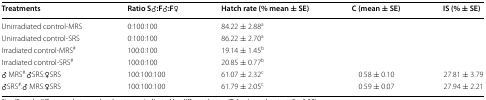
<table><thead><tr><td><b>Treatments</b></td><td><b>Ratio S♂:F♂:F♀</b></td><td><b>Hatch rate (% mean ± SE)</b></td><td><b>C (mean ± SE)</b></td><td><b>IS (% ± SE)</b></td></tr></thead><tbody><tr><td>Unirradiated control-MRS</td><td>0:100:100</td><td>84.22 ± 2.88<sup>a</sup></td><td></td><td></td></tr><tr><td>Unirradiated control-SRS</td><td>0:100:100</td><td>86.22 ± 2.70<sup>a</sup></td><td></td><td></td></tr><tr><td>Irradiated control-MRS<sup>#</sup></td><td>100:0:100</td><td>19.14 ± 1.45<sup>b</sup></td><td></td><td></td></tr><tr><td>Irradiated control-SRS<sup>#</sup></td><td>100:0:100</td><td>20.85 ± 0.77<sup>b</sup></td><td></td><td></td></tr><tr><td>♂ MRS<sup>#</sup>:♂SRS:♀SRS</td><td>100:100:100</td><td>61.07 ± 2.32<sup>c</sup></td><td>0.58 ± 0.10</td><td>27.81 ± 3.79</td></tr><tr><td>♂SRS<sup>#</sup>:♂ MRS:♀SRS</td><td>100:100:100</td><td>61.79 ± 2.05<sup>c</sup></td><td>0.59 ± 0.07</td><td>27.94 ± 2.21</td></tr></tbody></table>